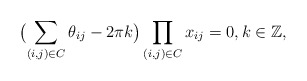
\begin{align*}\bigl(\sum_{(i,j)\in C } \theta_{ij} - 2\pi k\bigr)\prod_{(i,j)\in C }x_{ij} = 0, k \in \mathbb{Z}, \end{align*}